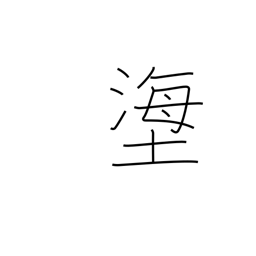
Meaning: title of a Noh play